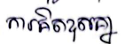
ការគិតខុសគ្នា